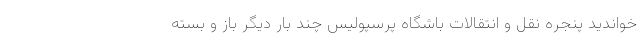
خواندید پنجره نقل و انتقالات باشگاه پرسپولیس چند بار دیگر باز و بسته